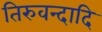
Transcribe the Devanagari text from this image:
तिरुवन्दादि